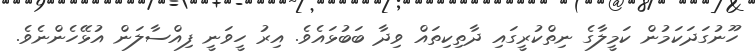
ހޫނުގަދަކަމުން ކަމީލާގެ ނިތްކުރީގައި ދާތިކިތައް ވިދާ ބަބުޅައެވެ. އިރު ހީވަނީ ފިއްސާލަން އުޅޭހެންނެވެ.